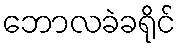
ဘောလခဲခရိုင်